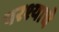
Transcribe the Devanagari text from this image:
परश्याचे